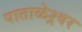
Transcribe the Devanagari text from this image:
पाताळेश्र्वर